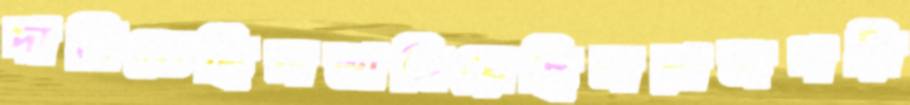
দাগিতেছিলভাসিয়েছিলরাজপরি